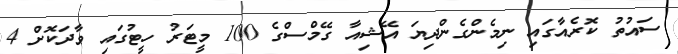
ސައުތު ކޮރެއާގައި ނިމެންގެންދިޔަ އޭޝިއާ ގޭމްސްގެ 100 މީޓަރު ހީޓުގައި ވާދަކޮށް 4